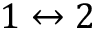
1 \leftrightarrow 2